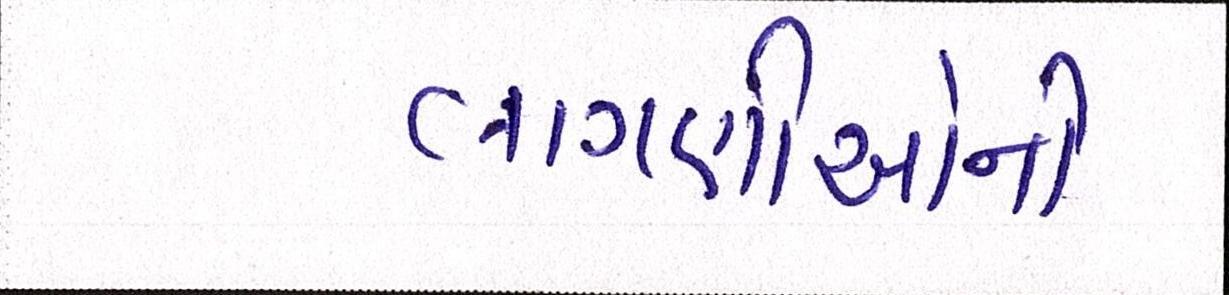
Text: લાગણીઓની